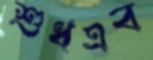
শুধএব